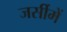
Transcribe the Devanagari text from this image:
जर्सीमें